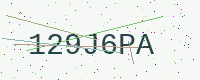
Text: 129J6PA